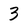
Character: 3